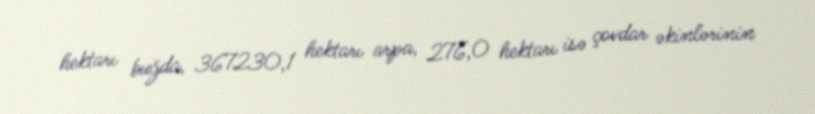
hektarı buğda, 367230,1 hektarı arpa, 276,0 hektarı isə çovdar əkinlərinin